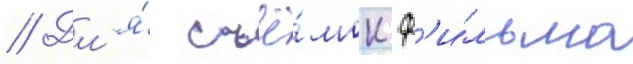
// Дл'я́ съё́мок ф'и́льма